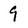
Character: 9